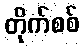
တိုက်စစ်